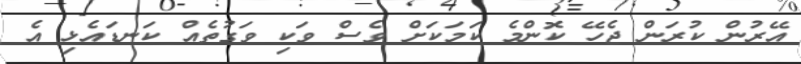
އޭރުން ކުރަން ޖެހޭ ކޮންމެ ކަމަކަށް ވެސް ވަކި ވަގުތެއް ކަނޑައެޅި އެ